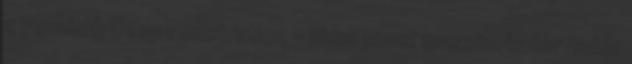
z Pornhub Deep Penetration - sima punci maszturbator natúr